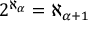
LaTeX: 2 ^ { \aleph _ { \alpha } } = \aleph _ { \alpha + 1 }